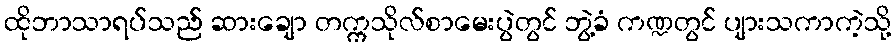
ထိုဘာသာရပ်သည် ဆားချော တက္ကသိုလ်စာမေးပွဲတွင် ဘွဲ့ခံ ကဏ္ဍတွင် ပျားသကာကဲ့သို့